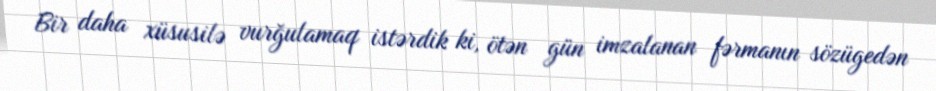
Bir daha xüsusilə vurğulamaq istərdik ki, ötən gün imzalanan fərmanın sözügedən